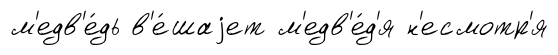
м'едв'е́дь в'е́шаjет м'едв'е́д'я н'есмотр'я